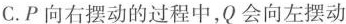
C.P向右摆动的过程中，Q会向左摆动